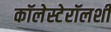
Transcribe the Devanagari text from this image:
कॉलेस्टेरॉलशी